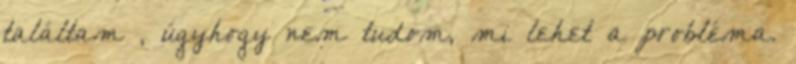
találtam , úgyhogy nem tudom, mi lehet a probléma.